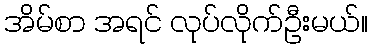
အိမ်စာ အရင် လုပ်လိုက်ဦးမယ်။